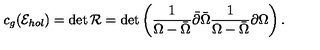
c _ { g } ( { \cal E } _ { h o l } ) = \det { \cal R } = \det \left( { \frac { 1 } { \Omega - \bar { \Omega } } } \bar { \partial } \bar { \Omega } { \frac { 1 } { \Omega - \bar { \Omega } } } \partial \Omega \right) .